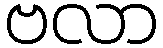
ဗလာ